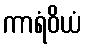
ကာရံဝိယံ